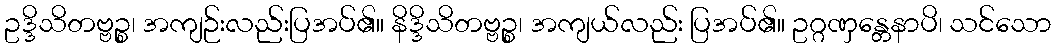
ဥဒ္ဒိသိတဗ္ဗဉ္စ၊ အကျဉ်းလည်းပြအပ်၏။ နိဒ္ဒိသိတဗ္ဗဉ္စ၊ အကျယ်လည်း ပြအပ်၏။ ဥဂ္ဂဏှန္တေနာပိ၊ သင်သော